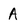
Character: A